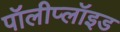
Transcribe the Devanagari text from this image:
पॉलीप्लॉइड